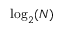
\log _ { 2 } ( N )